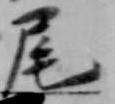
尾